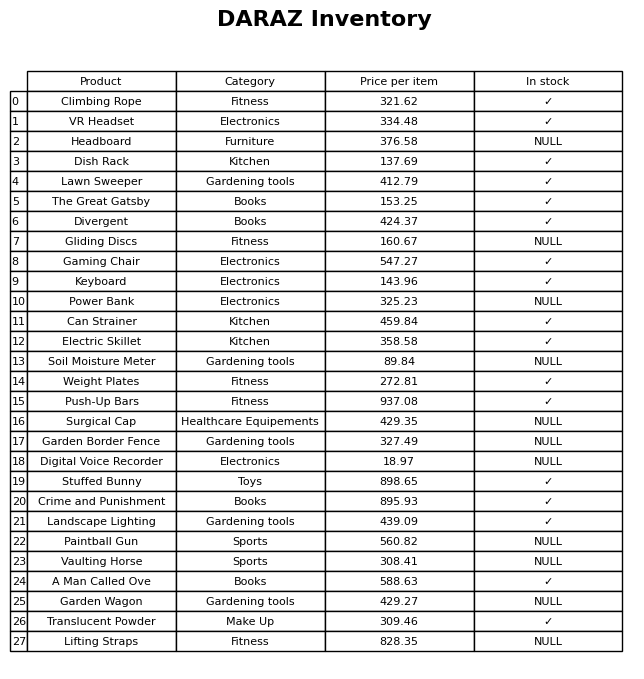
question: What is the price for Lawn Sweeper?
answer: The price of Lawn Sweeper is 412.79.